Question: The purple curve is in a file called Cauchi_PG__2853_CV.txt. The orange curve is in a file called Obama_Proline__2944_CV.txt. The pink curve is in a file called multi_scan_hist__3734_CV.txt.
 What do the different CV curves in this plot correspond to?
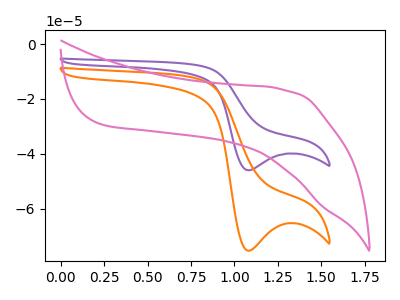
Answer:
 <answer>The purple curve is labeled "PG". The orange curve is labeled "Proline". The pink curve is labeled "hist".</answer>
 <eval></eval>